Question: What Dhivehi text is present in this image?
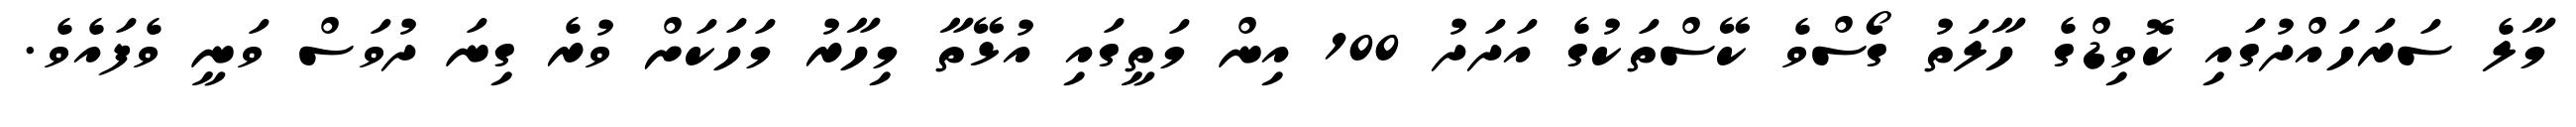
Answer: މާލެ ސަރަހައްދުގައި ކޮވިޑްގެ ހާލަތު ގޯސްވެ ކޭސްތަކުގެ އަދަދު 100 އިން މަތީގައި އުޅޭތާ މިހާރު މަހަކަށް ވުރެ ގިނަ ދުވަސް ވަނީ ވެފައެވެ.